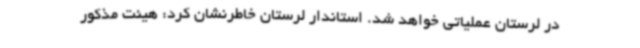
در لرستان عملیاتی خواهد شد. استاندار لرستان خاطرنشان کرد: هیئت مذکور